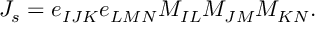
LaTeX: { \cal J } _ { s } = e _ { I J K } e _ { L M N } M _ { I L } M _ { J M } M _ { K N } .